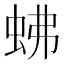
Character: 𧉸